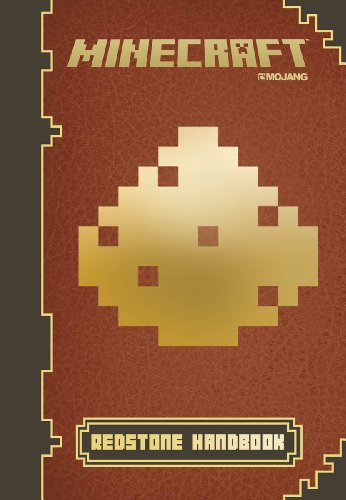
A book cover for Minecraft: Redstone Handbook: An Official Mojang Book; Scholastic; Children's Books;